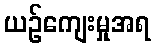
ယဉ်ကျေးမှုအရ